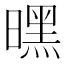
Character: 𭧪